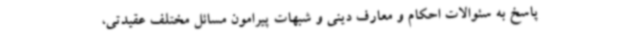
پاسخ به سئوالات احکام و معارف دینی و شبهات پیرامون مسائل مختلف عقیدتی،